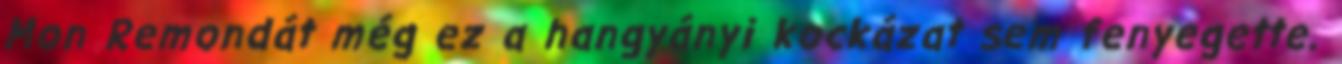
Mon Remondát még ez a hangyányi kockázat sem fenyegette.